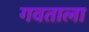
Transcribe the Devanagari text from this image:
गवताला